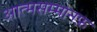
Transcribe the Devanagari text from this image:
आत्मसम्मानफ़